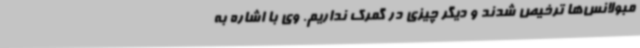
مبولانس‌ها ترخیص شدند و دیگر چیزی در گمرک نداریم. وی با اشاره به